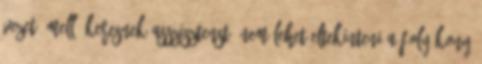
vezető mellé keresnek asszisztenst, nem lehet eltekinteni a folyékony